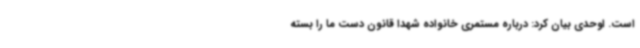
است. اوحدی بیان کرد: درباره مستمری خانواده شهدا قانون دست ما را بسته